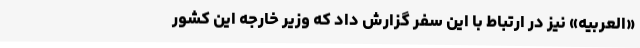
«العربیه» نیز در ارتباط با این سفر گزارش داد که وزیر خارجه این کشور